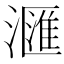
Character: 𣿬